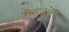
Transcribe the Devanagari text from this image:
निचुड़कर